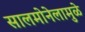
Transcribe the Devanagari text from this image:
सालमोनेलामुळे